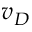
v _ { D }